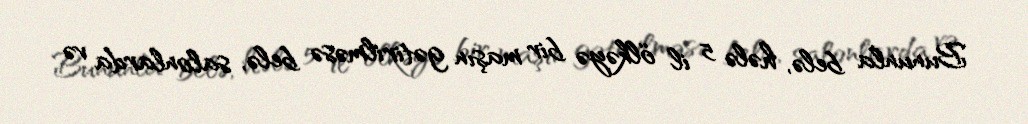
Bununla belə, hələ 5 il ölkəyə bir maşın gətirilməsə belə, salonlarda və